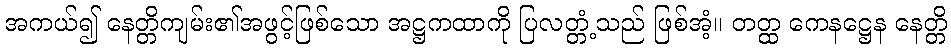
အကယ်၍ နေတ္တိကျမ်း၏အဖွင့်ဖြစ်သော အဋ္ဌကထာကို ပြလတ္တံ့သည် ဖြစ်အံ့။ တတ္ထ ကေနဋ္ဌေန နေတ္တိ